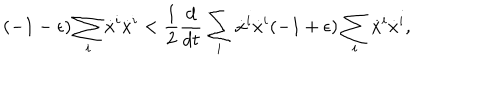
( - 1 - \epsilon ) \sum _ { i } \dot { x } ^ { i } \dot { x } ^ { i } < \frac { 1 } { 2 } \frac { d } { d t } \sum _ { i } \dot { x } ^ { i } \dot { x } ^ { i } ( - 1 + \epsilon ) \sum _ { i } \dot { x } ^ { i } \dot { x } ^ { i } ,